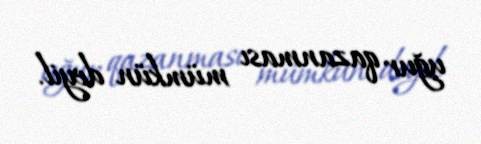
uğur qazanması mümkün deyil.